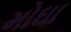
મોઘા